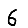
Digit: 6